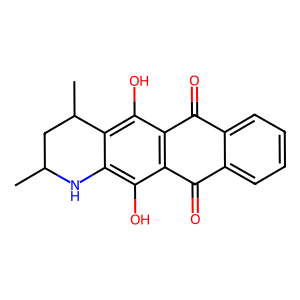
SMILES: CC1CC(C)c2c(O)c3c(c(O)c2N1)C(=O)c1ccccc1C3=O
Inhibits HIV replication: No